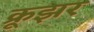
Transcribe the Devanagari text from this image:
क्रूझर